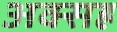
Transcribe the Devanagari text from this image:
अक्सह्र